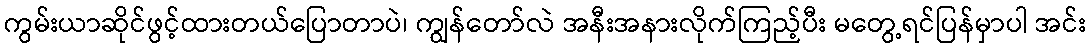
ကွမ်းယာဆိုင်ဖွင့်ထားတယ်ပြောတာပဲ၊ ကျွန်တော်လဲ အနီးအနားလိုက်ကြည့်ပီး မတွေ့ရင်ပြန်မှာပါ အင်း